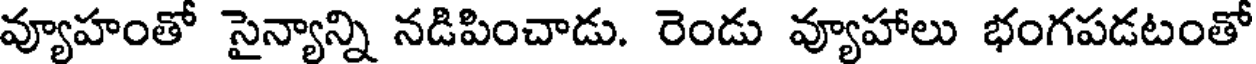
వ్యూహంతో సైన్యాన్ని నడిపించాడు. రెండు వ్యూహాలు భంగపడటంతో